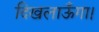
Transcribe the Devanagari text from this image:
दिखलाऊँगा।